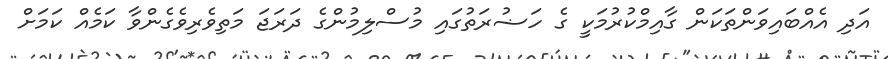
އަދި އެއްބައިވަންތަކަން ގާއިމްކުރުމަކީ ގެ ހަޟުރަތުގައި މުސްލިމުންގެ ދަރަޖަ މަތިވެރިވެގެންވާ ކަމެއް ކަމަށް